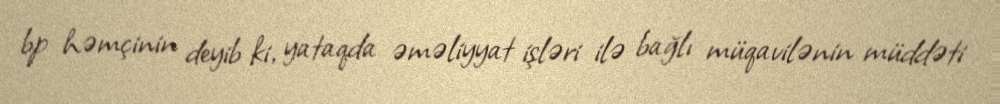
bp həmçinin deyib ki, yataqda əməliyyat işləri ilə bağlı müqavilənin müddəti